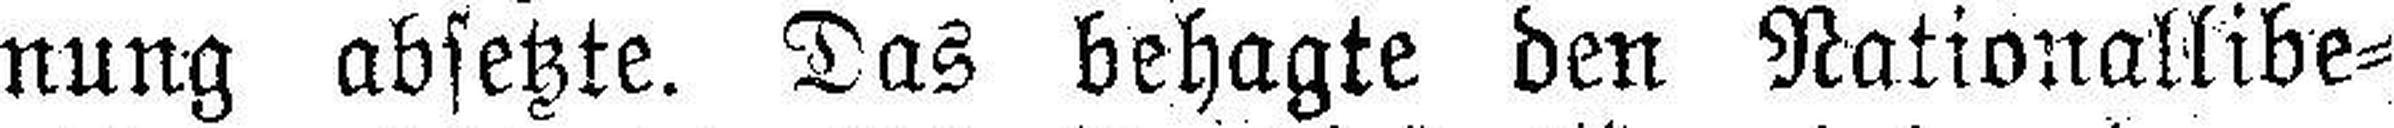
nung absetzte. Das behagte den Nationallibe¬